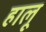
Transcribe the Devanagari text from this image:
हालू